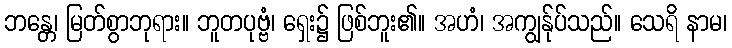
ဘန္တေ၊ မြတ်စွာဘုရား။ ဘူတပုဗ္ဗံ၊ ရှေး၌ ဖြစ်ဘူး၏။ အဟံ၊ အကျွန်ုပ်သည်။ သေရိ နာမ၊